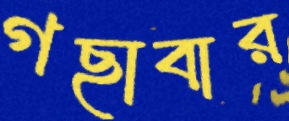
গছাবার